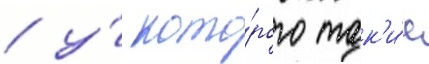
/ у́ кото́рого так'и́е